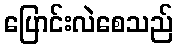
ပြောင်းလဲစေသည်